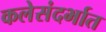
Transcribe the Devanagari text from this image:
कलेसंदर्भात